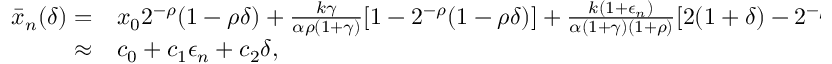
\begin{array} { r l } { \bar { x } _ { n } ( \delta ) = } & { { } x _ { 0 } 2 ^ { - \rho } ( 1 - \rho \delta ) + \frac { k \gamma } { \alpha \rho ( 1 + \gamma ) } [ 1 - 2 ^ { - \rho } ( 1 - \rho \delta ) ] + \frac { k ( 1 + \epsilon _ { n } ) } { \alpha ( 1 + \gamma ) ( 1 + \rho ) } [ 2 ( 1 + \delta ) - 2 ^ { - \rho } ( 1 - \rho \delta ) ] } \\ { \approx } & { { } c _ { 0 } + c _ { 1 } \epsilon _ { n } + c _ { 2 } \delta , } \end{array}